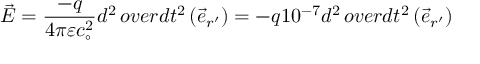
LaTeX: { \vec { E } } = { \frac { - q } { 4 \pi \varepsilon c _ { \circ } ^ { 2 } } } { d ^ { 2 } \, o v e r d t ^ { 2 } } \left( { \vec { e } } _ { r ^ { \prime } } \right) = - q 1 0 ^ { - 7 } { d ^ { 2 } \, o v e r d t ^ { 2 } } \left( { \vec { e } } _ { r ^ { \prime } } \right)